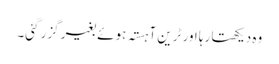
وہ دیکھتا رہا اور ٹرین آہستہ ہوئے بغیر گزر گئی۔